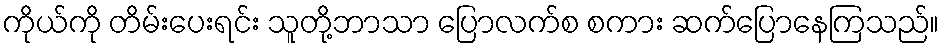
ကိုယ်ကို တိမ်းပေးရင်း သူတို့ဘာသာ ပြောလက်စ စကား ဆက်ပြောနေကြသည်။